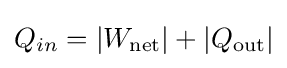
Q_{in}=|W_{\rm {net}}|+|Q_{\rm {out}}|